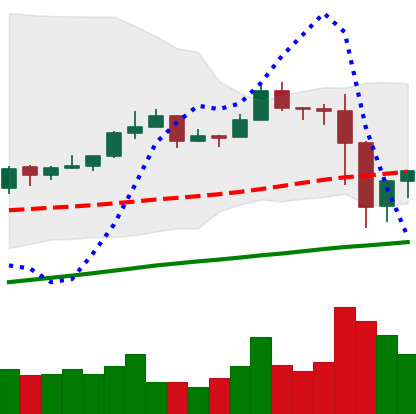
Ticker: EOS-USD
Chart end date: 2019-06-29
Forward return: -10.201%
Label: down_7plus